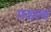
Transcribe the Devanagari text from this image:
मडला